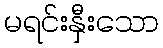
မရင်းနှီးသော